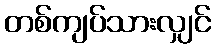
တစ်ကျပ်သားလျှင်